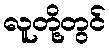
လူတို့တွင်